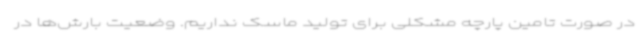
در صورت تامین پارچه مشکلی برای تولید ماسک نداریم. وضعیت بارش‌ها در